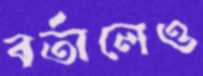
বর্তালেও